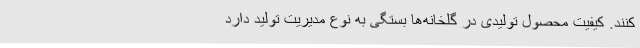
کنند. کیفیت محصول تولیدی در گلخانه‌ها بستگی به نوع مدیریت تولید دارد